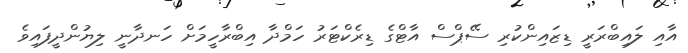
އާއި ލައިބްރަރީ ޑިޒައިންކުރި ސޭޕްސް އާޓްގެ ޑިރެކްޓަރު ހަމްދާ އިބްރާހީމަށް ހަނދާނީ ލިޔުންދީފައިވެ